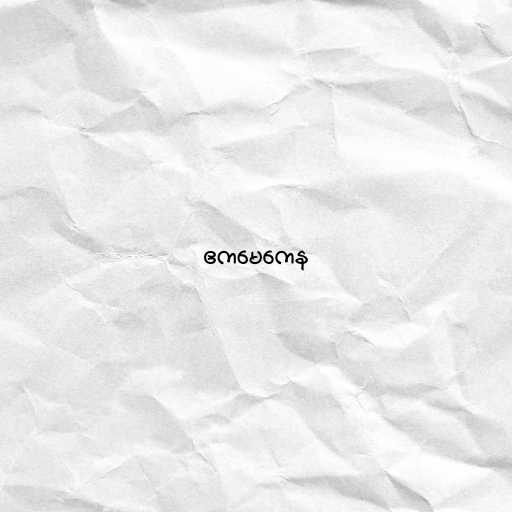
ဧကမေကေန